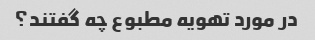
در مورد تهویه مطبوع چه گفتند؟